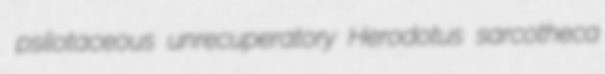
psilotaceous unrecuperatory Herodotus sarcotheca